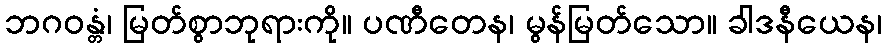
ဘဂဝန္တံ၊ မြတ်စွာဘုရားကို။ ပဏီတေန၊ မွန်မြတ်သော။ ခါဒနီယေန၊